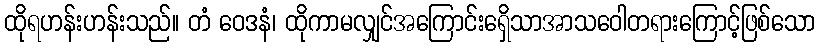
ထိုရဟန်းဟန်းသည်။ တံ ဝေဒနံ၊ ထိုကာမလျှင်အကြောင်းရှေိသာအာသဝေါတရားကြောင့်ဖြစ်သော